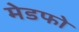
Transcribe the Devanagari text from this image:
मेडफो